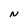
Character: N